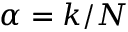
\alpha = k / N